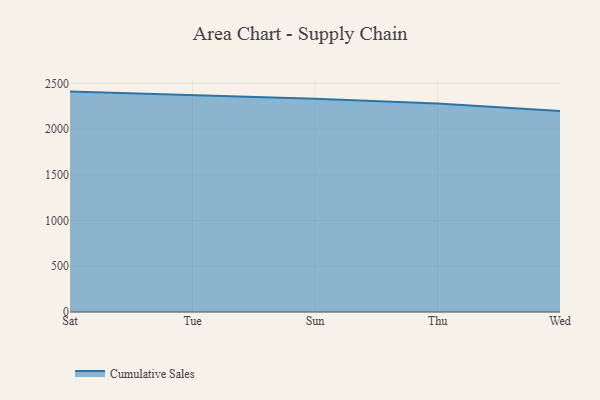
{"axis": {"x": "Day", "y": "Net Income (USD K)"}, "legend": ["Cumulative Sales"], "data": [{"x": "Sat", "y": 2409.5, "type": "Cumulative Sales"}, {"x": "Tue", "y": 2373.2, "type": "Cumulative Sales"}, {"x": "Sun", "y": 2330.0, "type": "Cumulative Sales"}, {"x": "Thu", "y": 2278.4, "type": "Cumulative Sales"}, {"x": "Wed", "y": 2198.5, "type": "Cumulative Sales"}]}